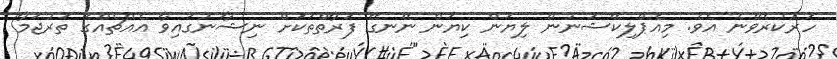
ހަރުކުރެވޭނެ އެވެ. މިއެޕްލިކޭޝަނުން ލިޔަން ކިޔަން ނޭނގޭ ފަރާތްތަކަށް ނިޝާނުގައިވާ އެއްޗެއްގެ ތަރުޖަމާ